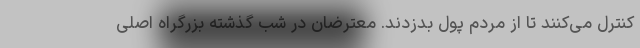
کنترل می‌کنند تا از مردم پول بدزدند. معترضان در شب گذشته بزرگراه اصلی